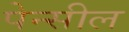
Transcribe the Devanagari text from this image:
पेन्सील